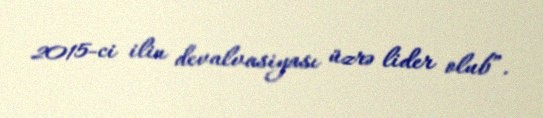
2015-ci ilin devalvasiyası üzrə lider olub”.